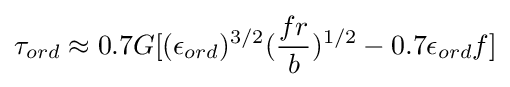
\tau _{ord}\approx 0.7G[(\epsilon _{ord})^{3/2}({\frac {fr}{b}})^{1/2}-0.7\epsilon _{ord}f]